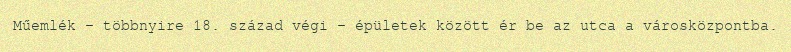
Műemlék – többnyire 18. század végi – épületek között ér be az utca a városközpontba.